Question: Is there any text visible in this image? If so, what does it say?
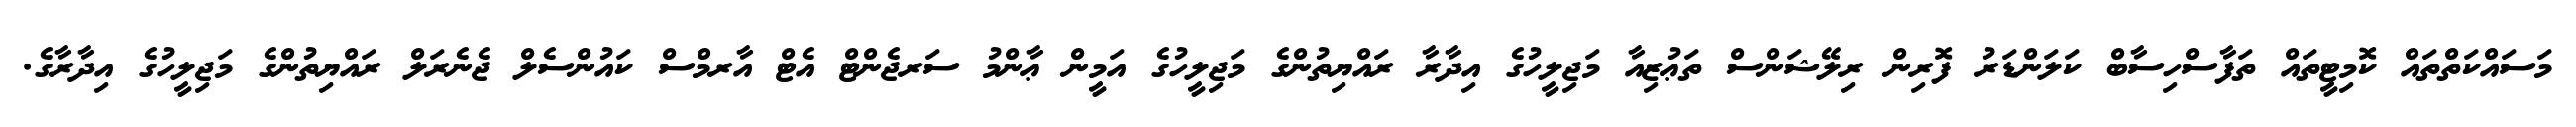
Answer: މަސައްކަތްތައް ކޮމިޓީތައް ތަފާސްހިސާބް ކަލަންޑަރު ފޮރިން ރިލޭޝަންސް ތަޢުޒިއާ މަޖިލީހުގެ އިދާރާ ރައްޔިތުންގެ މަޖިލީހުގެ އަމީން ޢާންމު ސަރޖެންޓް އެޓް އާރމްސް ކައުންސެލް ޖެނެރަލް ރައްޔިތުންގެ މަޖިލީހުގެ އިދާރާގެ.